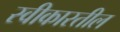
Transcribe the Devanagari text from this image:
स्वीकारतील